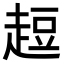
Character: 𧻿